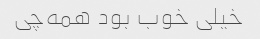
خیلی خوب بود همه‌چی